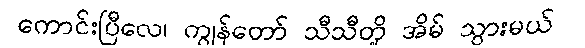
ကောင်းပြီလေ၊ ကျွန်တော် သီသီတို့ အိမ် သွားမယ်